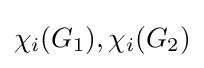
\chi _{i}(G_{1}),\chi _{i}(G_{2})